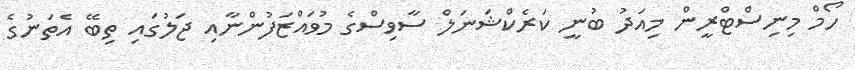
ހޯމް މިނިސްޓްރީން މިއަދު ބުނީ ކަރެކްޝަނަލް ސާވިސްގެ މުވައްޒަފުންނާއި ޖަލުގައި ތިބޭ އެތަނުގެ